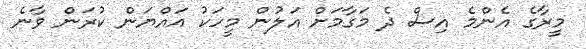
މީރާގެ އެންމެ އިސް ދެ މަގާމަށް އަލުން މީހަކު އައްޔަން ކުރަން ވާނެ